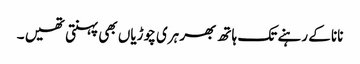
نانا کے رہنے تک ہاتھ بھر ہری چوڑیاں بھی پہنتی تھیں ۔